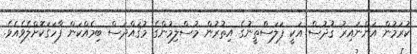
ކުރަމުން އަންނައިރު ޤުދުސް އަކީ ފަލަސްތީނުގެ އިތުރުން މުސްލިމުންގެ މުޤައްދަސް ބިމެއްކަން ފާހަގަކޮށްލެވެއެވެ.